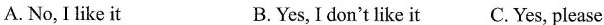
A.No, I like it B.Yes, I don't like it C.Yes, please